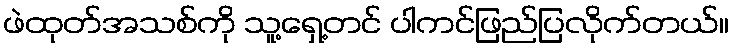
ဖဲထုတ်အသစ်ကို သူ့ရှေ့တင် ပါကင်ဖြည်ပြလိုက်တယ်။